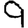
Digit: 9